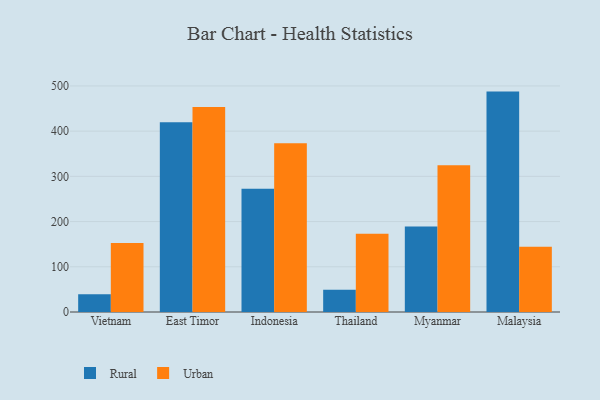
{"axis": {"x": "Country", "y": "Net Income (USD K)"}, "legend": ["Rural", "Urban"], "data": [{"x": "Vietnam", "y": 39.2, "type": "Rural"}, {"x": "Vietnam", "y": 152.6, "type": "Urban"}, {"x": "East Timor", "y": 419.8, "type": "Rural"}, {"x": "East Timor", "y": 453.3, "type": "Urban"}, {"x": "Indonesia", "y": 272.5, "type": "Rural"}, {"x": "Indonesia", "y": 373.3, "type": "Urban"}, {"x": "Thailand", "y": 49.3, "type": "Rural"}, {"x": "Thailand", "y": 173.0, "type": "Urban"}, {"x": "Myanmar", "y": 189.2, "type": "Rural"}, {"x": "Myanmar", "y": 324.6, "type": "Urban"}, {"x": "Malaysia", "y": 487.5, "type": "Rural"}, {"x": "Malaysia", "y": 144.4, "type": "Urban"}]}